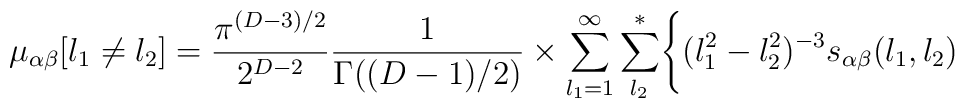
\mu_{\alpha\beta}[l_1\neq l_2]={\pi^{(D-3)/2}\over 2^{D-2}}{1\over \Gamma((D-1)/2)}\times\sum_{l_1=1}^{\infty}\sum^*_{l_2}\Biggl\{(l_1^2-l_2^2)^{-3}s_{\alpha\beta}(l_1,l_2)